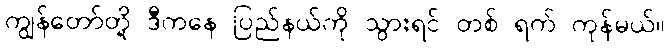
ကျွန်တော်တို့ ဒီကနေ ပြည်နယ်ကို သွားရင် တစ် ရက် ကုန်မယ်။